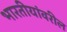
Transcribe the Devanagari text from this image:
भारतीयांवरील